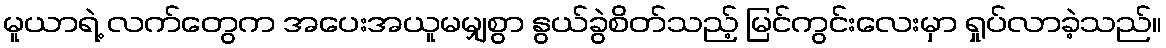
မူယာရဲ့ လက်တွေက အပေးအယူမမျှစွာ နွယ်ခွဲစိတ်သည့် မြင်ကွင်းလေးမှာ ရှုပ်လာခဲ့သည်။